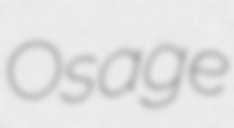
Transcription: Osage